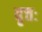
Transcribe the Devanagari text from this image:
वृत्तः